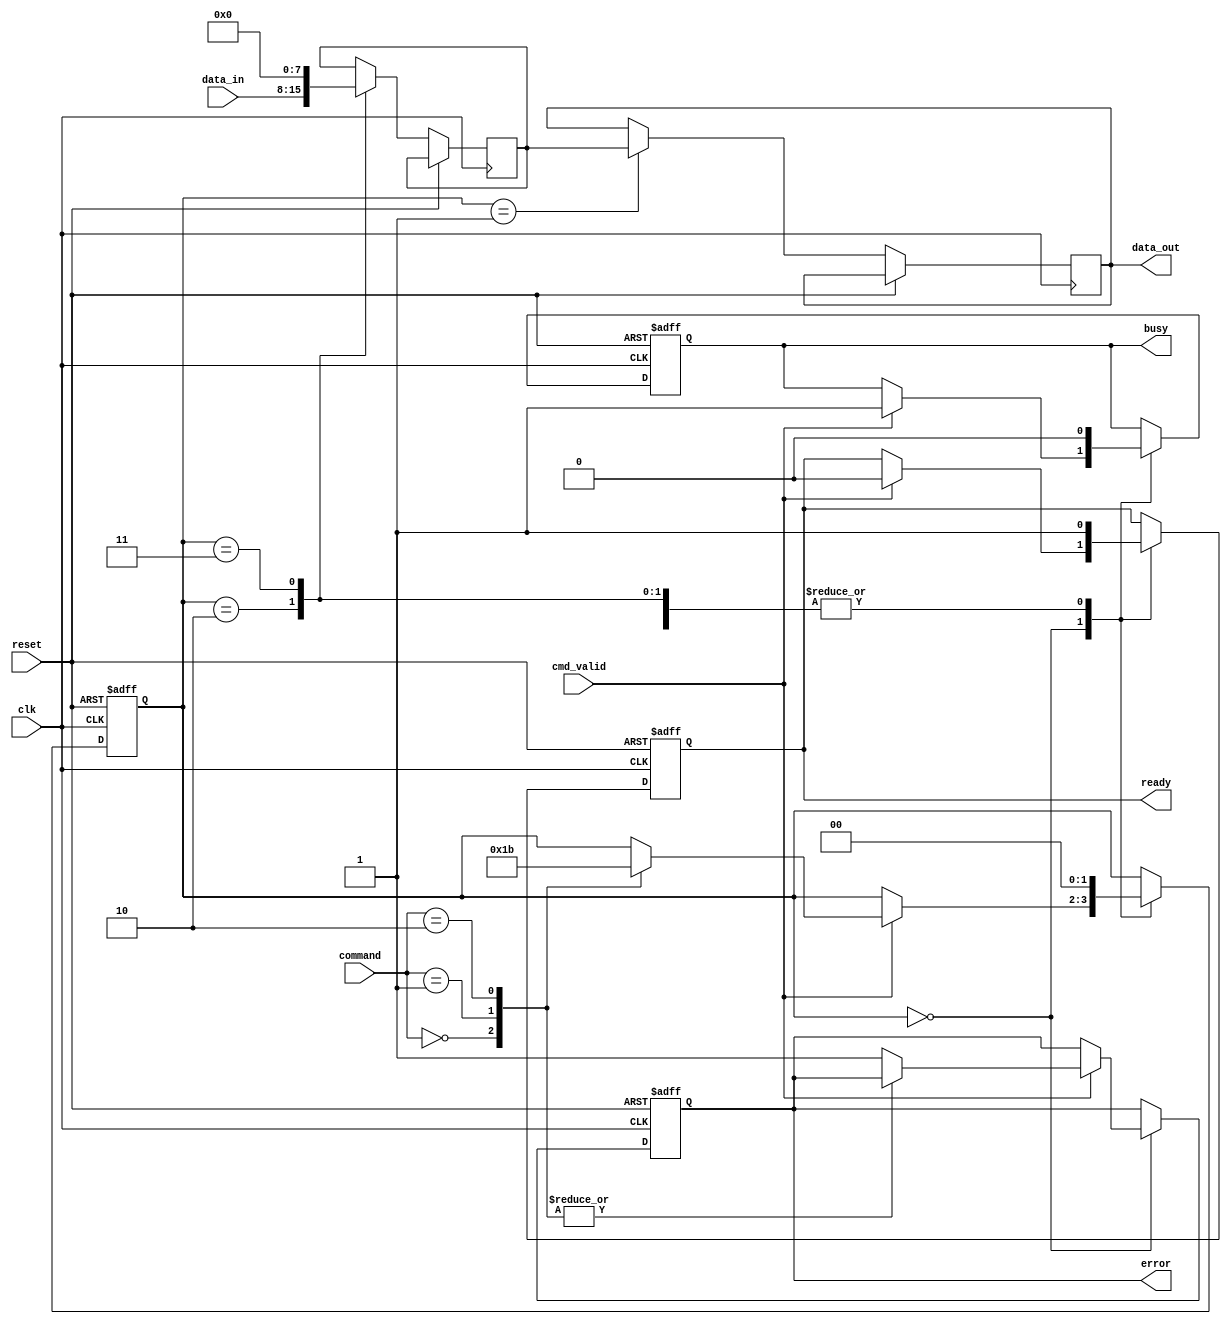
module io_block (
    input wire clk,
    input wire reset,
    input wire [7:0] data_in,          // Data input from external controller
    input wire cmd_valid,               // Command valid signal
    input wire [2:0] command,           // Command (0: Read, 1: Write, 2: Erase)
    output reg [7:0] data_out,          // Data output to external controller
    output reg busy,                    // Busy status
    output reg ready,                   // Ready status
    output reg error                    // Error status
);

    // Internal signals
    reg [7:0] data_buffer;              // Data latch
    reg [1:0] state;                    // State machine for operations
    reg [1:0] voltage_level;            // Voltage level for level shifter

    // State encoding
    localparam IDLE = 2'b00;
    localparam READ = 2'b01;
    localparam WRITE = 2'b10;
    localparam ERASE = 2'b11;

    // Command decoder
    always @(posedge clk or posedge reset) begin
        if (reset) begin
            state <= IDLE;
            busy <= 0;
            ready <= 1;
            error <= 0;
        end else begin
            case (state)
                IDLE: begin
                    if (cmd_valid) begin
                        busy <= 1;
                        ready <= 0;
                        case (command)
                            3'b000: state <= READ;   // Read command
                            3'b001: state <= WRITE;  // Write command
                            3'b010: state <= ERASE;   // Erase command
                            default: error <= 1;      // Invalid command
                        endcase
                    end
                end
                READ: begin
                    // Simulate read operation
                    data_out <= data_buffer; // Assume data_buffer holds the read data
                    state <= IDLE;
                    busy <= 0;
                    ready <= 1;
                end
                WRITE: begin
                    // Simulate write operation
                    data_buffer <= data_in; // Store incoming data
                    state <= IDLE;
                    busy <= 0;
                    ready <= 1;
                end
                ERASE: begin
                    // Simulate erase operation
                    data_buffer <= 8'b00000000; // Reset data buffer
                    state <= IDLE;
                    busy <= 0;
                    ready <= 1;
                end
                default: begin
                    state <= IDLE;
                    busy <= 0;
                    ready <= 1;
                end
            endcase
        end
    end

    // Voltage level shifter (simplified)
    always @(posedge clk) begin
        if (busy) begin
            // Adjust voltage levels based on operation
            case (command)
                3'b000: voltage_level <= 2'b01; // Read voltage level
                3'b001: voltage_level <= 2'b10; // Write voltage level
                3'b010: voltage_level <= 2'b11; // Erase voltage level
                default: voltage_level <= 2'b00; // Default level
            endcase
        end
    end

endmodule